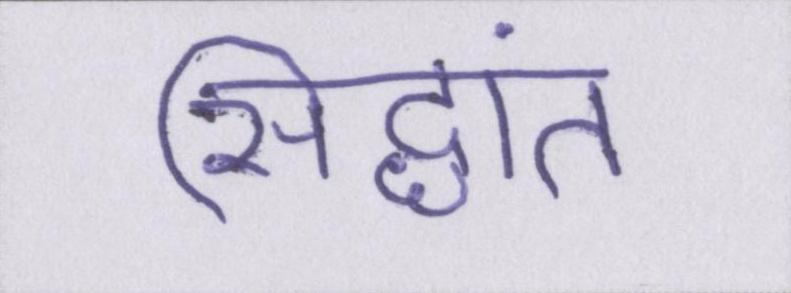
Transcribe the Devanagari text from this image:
सिद्धांत